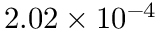
2 . 0 2 \times 1 0 ^ { - 4 }